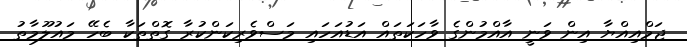
ޖަމްއިއްޔާ އިން ވަނީ އާއްމުންގެ ވާހަކަތައް އަޑުއަހައި މަސްވެރިކަންކުރާ ގޮތްތަކާ ބެހޭ މައުލޫމާތު